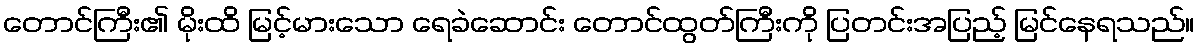
တောင်ကြီး၏ မိုးထိ မြင့်မားသော ရေခဲဆောင်း တောင်ထွတ်ကြီးကို ပြတင်းအပြည့် မြင်နေရသည်။